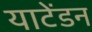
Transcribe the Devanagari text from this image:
याटेंडन